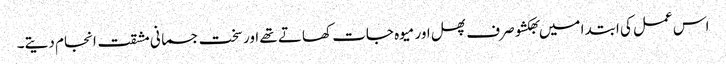
اس عمل کی ابتدا میں بھکشو صرف پھل اور میوہ جات کھاتے تھے اور سخت جسمانی مشقت انجام دیتے۔